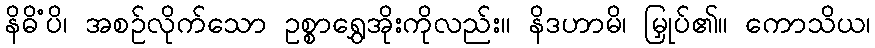
နိဓိံပိ၊ အစဉ်လိုက်သော ဥစ္စာရွှေအိုးကိုလည်း။ နိဒဟာမိ၊ မြှုပ်၏။ ကောသိယ၊